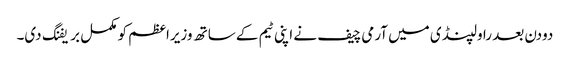
دودن بعد راولپنڈی میں آرمی چیف نے اپنی ٹیم کے ساتھ وزیراعظم کو مکمل بریفنگ دی۔